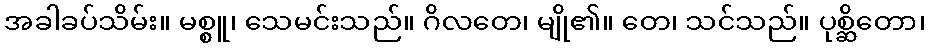
အခါခပ်သိမ်း။ မစ္စူ၊ သေမင်းသည်။ ဂိလတေ၊ မျို၏။ တေ၊ သင်သည်။ ပုစ္ဆိတော၊